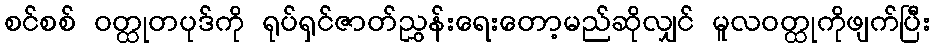
စင်စစ် ဝတ္ထုတပုဒ်ကို ရုပ်ရှင်ဇာတ်ညွှန်းရေးတော့မည်ဆိုလျှင် မူလဝတ္ထုကိုဖျက်ပြီး